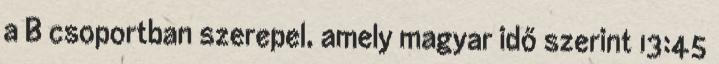
a B csoportban szerepel, amely magyar idő szerint 13:45